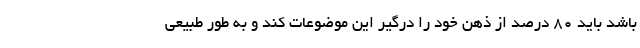
باشد باید 80 درصد از ذهن خود را درگیر این موضوعات کند و به طور طبیعی